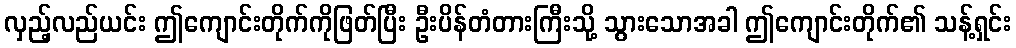
လှည့်လည်ယင်း ဤကျောင်းတိုက်ကိုဖြတ်ပြီး ဦးပိန်တံတားကြီးသို့ သွားသောအခါ ဤကျောင်းတိုက်၏ သန့်ရှင်း